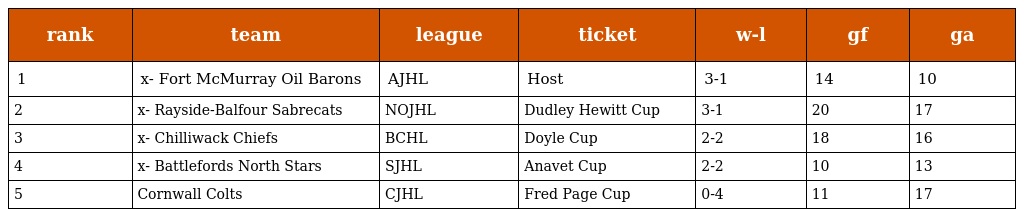
| rank | team | league | ticket | w-l | gf | ga |
 | --- | --- | --- | --- | --- | --- | --- |
 | 1 | x- Fort McMurray Oil Barons | AJHL | Host | 3-1 | 14 | 10 |
 | 2 | x- Rayside-Balfour Sabrecats | NOJHL | Dudley Hewitt Cup | 3-1 | 20 | 17 |
 | 3 | x- Chilliwack Chiefs | BCHL | Doyle Cup | 2-2 | 18 | 16 |
 | 4 | x- Battlefords North Stars | SJHL | Anavet Cup | 2-2 | 10 | 13 |
 | 5 | Cornwall Colts | CJHL | Fred Page Cup | 0-4 | 11 | 17 |